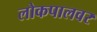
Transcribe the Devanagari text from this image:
लोकपालवर